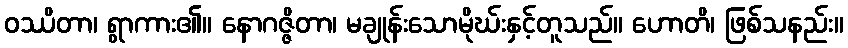
ဝဿိတာ၊ ရွာကား၏။ နောဂဇ္ဇိတာ၊ မချုန်းသောမိုဃ်းနှင့်တူသည်။ ဟောတိ၊ ဖြစ်သနည်း။